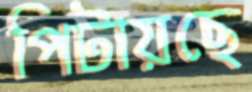
পিটায়ছে